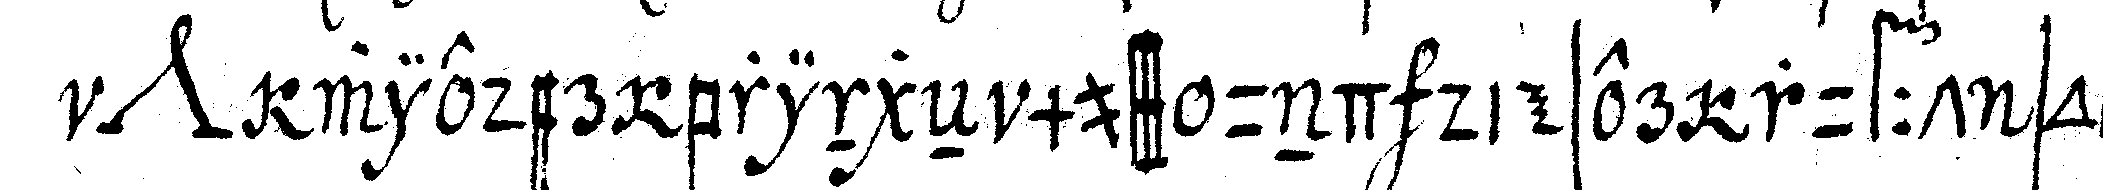
*nee* wieder bringeN muss und dieser rufft so